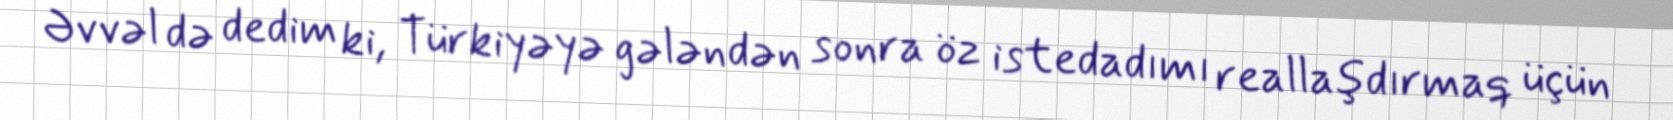
Əvvəl də dedim ki, Türkiyəyə gələndən sonra öz istedadımı reallaşdırmaq üçün